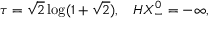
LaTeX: \tau = \sqrt { 2 } \log ( 1 + \sqrt { 2 } ) , \; \; \; H X _ { - } ^ { 0 } = - \infty ,